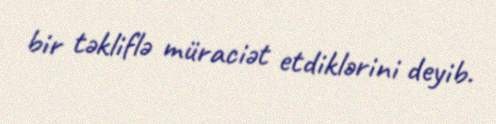
bir təkliflə müraciət etdiklərini deyib.